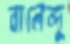
বালেন্দু